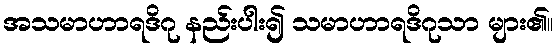
အသမာဟာရဒိဂု နည်းပါး၍ သမာဟာရဒိဂုသာ များ၏။